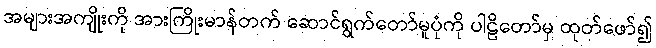
အများအကျိုးကို အားကြိုးမာန်တက် ဆောင်ရွက်တော်မူပုံကို ပါဠိတော်မှ ထုတ်ဖော်၍